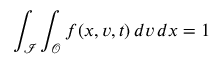
\int _ { \mathcal { I } } \int _ { \mathcal { O } } f ( x , v , t ) \, d v \, d x = 1